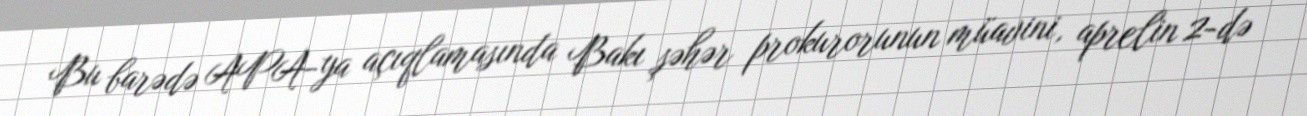
Bu barədə APA-ya açıqlamasında Bakı şəhər prokurorunun müavini, aprelin 2-də